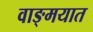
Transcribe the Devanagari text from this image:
वाङ्‍मयात